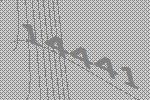
14441